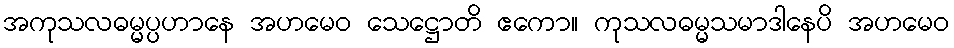
အကုသလဓမ္မပ္ပဟာနေ အဟမေဝ သေဋ္ဌောတိ ဧကော။ ကုသလဓမ္မသမာဒါနေပိ အဟမေဝ